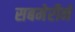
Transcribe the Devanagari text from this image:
सबमेरीनें